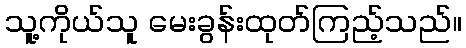
သူ့ကိုယ်သူ မေးခွန်းထုတ်ကြည့်သည်။